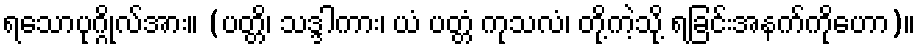
ရသောပုဂ္ဂိုလ်အား။ (ပတ္တိ၊ သဒ္ဒါကား၊ ယံ ပတ္တံ ကုသလံ၊ တို့ကဲ့သို့ ရခြင်းအနက်ကိုဟော)။